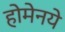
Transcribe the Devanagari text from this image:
होमेनये